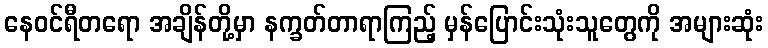
နေဝင်ရီတရော အချိန်တို့မှာ နက္ခတ်တာရာကြည့် မှန်ပြောင်းသုံးသူတွေကို အများဆုံး